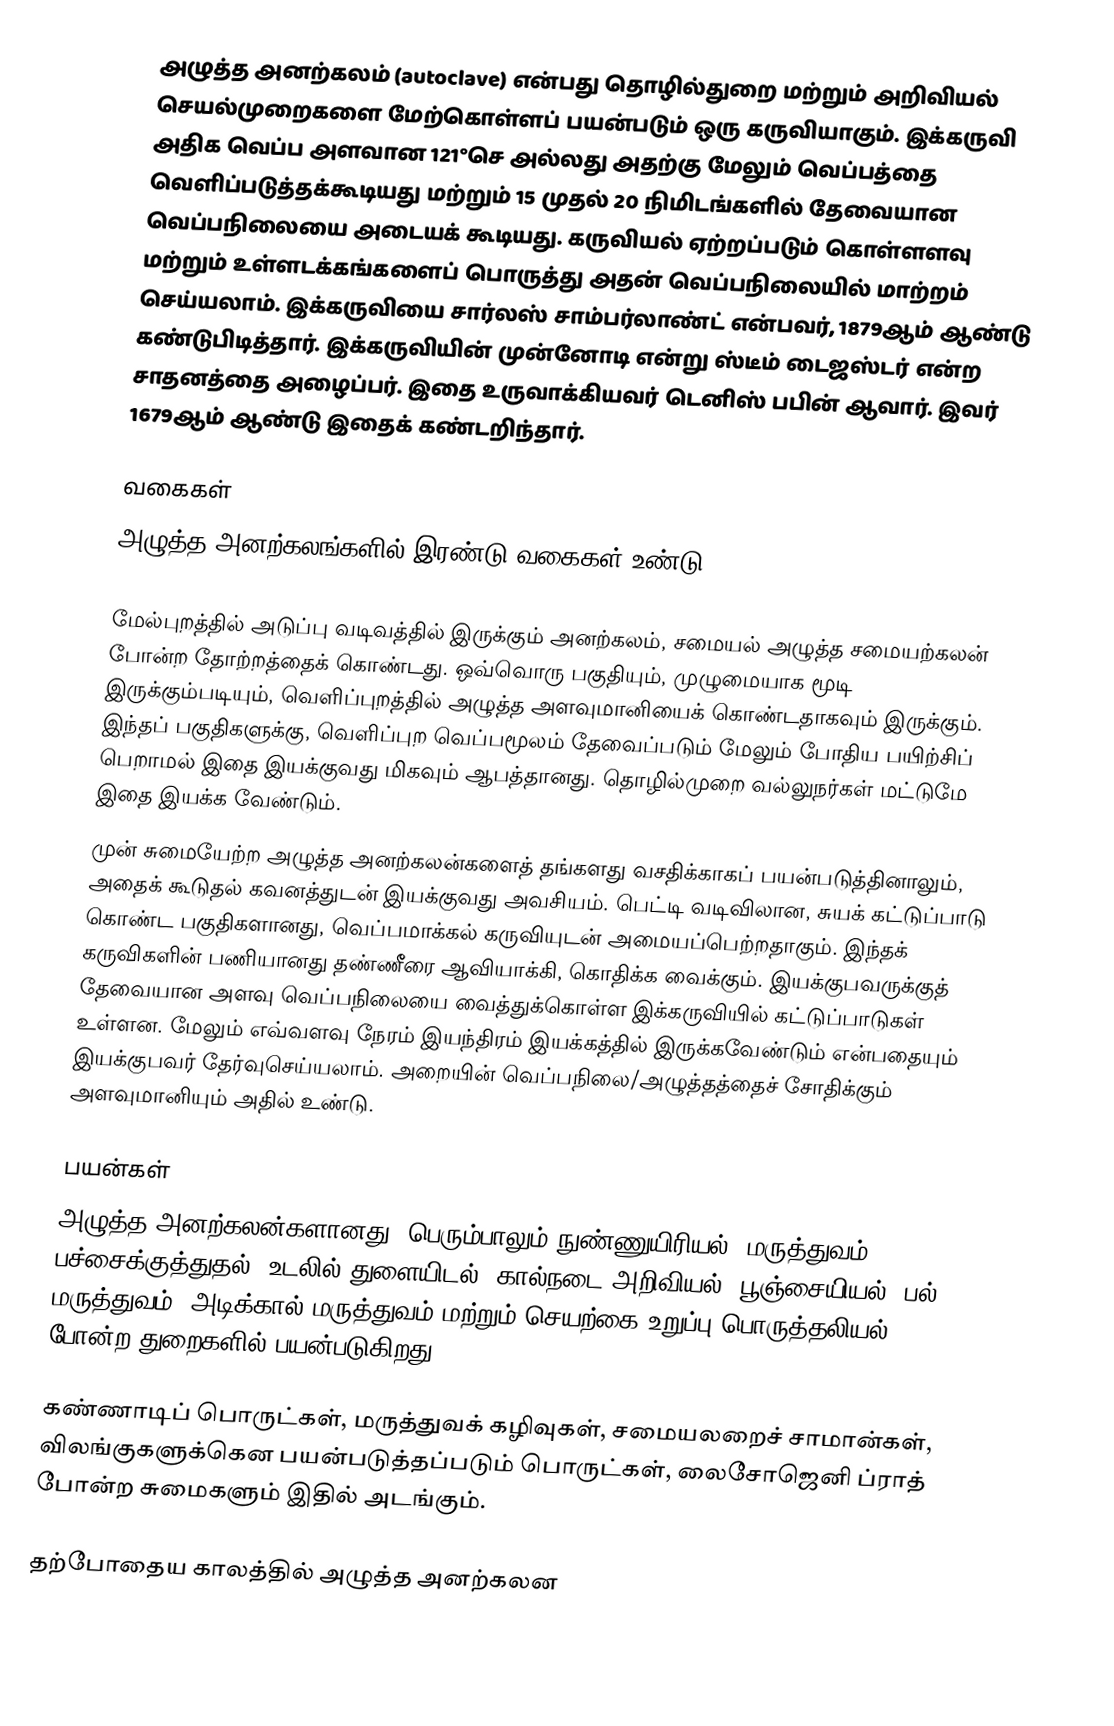
அழுத்த அனற்கலம் (autoclave) என்பது தொழில்துறை மற்றும் அறிவியல் செயல்முறைகளை மேற்கொள்ளப் பயன்படும் ஒரு கருவியாகும்.  இக்கருவி அதிக வெப்ப அளவான 121°செ அல்லது அதற்கு மேலும் வெப்பத்தை வெளிப்படுத்தக்கூடியது மற்றும் 15 முதல் 20 நிமிடங்களில் தேவையான வெப்பநிலையை அடையக் கூடியது. கருவியல் ஏற்றப்படும் கொள்ளளவு மற்றும் உள்ளடக்கங்களைப் பொருத்து அதன் வெப்பநிலையில் மாற்றம் செய்யலாம். இக்கருவியை சார்லஸ் சாம்பர்லாண்ட் என்பவர், 1879ஆம் ஆண்டு கண்டுபிடித்தார். இக்கருவியின் முன்னோடி என்று ஸ்டீம் டைஜஸ்டர் என்ற சாதனத்தை அழைப்பர். இதை உருவாக்கியவர் டெனிஸ் பபின் ஆவார். இவர் 1679ஆம் ஆண்டு இதைக் கண்டறிந்தார்.

வகைகள்
அழுத்த அனற்கலங்களில் இரண்டு வகைகள் உண்டு:

 மேல்புறத்தில் அடுப்பு வடிவத்தில் இருக்கும் அனற்கலம், சமையல் அழுத்த சமையற்கலன் போன்ற தோற்றத்தைக் கொண்டது. ஒவ்வொரு பகுதியும், முழுமையாக மூடி இருக்கும்படியும், வெளிப்புறத்தில் அழுத்த அளவுமானியைக் கொண்டதாகவும் இருக்கும். இந்தப் பகுதிகளுக்கு, வெளிப்புற வெப்பமூலம் தேவைப்படும் மேலும் போதிய பயிற்சிப் பெறாமல் இதை இயக்குவது மிகவும் ஆபத்தானது. தொழில்முறை வல்லுநர்கள் மட்டுமே இதை இயக்க வேண்டும்.
 முன் சுமையேற்ற அழுத்த அனற்கலன்களைத் தங்களது வசதிக்காகப் பயன்படுத்தினாலும், அதைக் கூடுதல் கவனத்துடன் இயக்குவது அவசியம். பெட்டி வடிவிலான, சுயக் கட்டுப்பாடு கொண்ட பகுதிகளானது, வெப்பமாக்கல் கருவியுடன் அமையப்பெற்றதாகும். இந்தக் கருவிகளின் பணியானது தண்ணீரை ஆவியாக்கி, கொதிக்க வைக்கும். இயக்குபவருக்குத் தேவையான அளவு வெப்பநிலையை வைத்துக்கொள்ள இக்கருவியில் கட்டுப்பாடுகள் உள்ளன. மேலும் எவ்வளவு நேரம் இயந்திரம் இயக்கத்தில் இருக்கவேண்டும் என்பதையும் இயக்குபவர் தேர்வுசெய்யலாம். அறையின் வெப்பநிலை/அழுத்தத்தைச் சோதிக்கும் அளவுமானியும் அதில் உண்டு.

பயன்கள்
அழுத்த அனற்கலன்களானது, பெரும்பாலும் நுண்ணுயிரியல், மருத்துவம், பச்சைக்குத்துதல், உடலில் துளையிடல், கால்நடை அறிவியல், பூஞ்சையியல், பல் மருத்துவம், அடிக்கால் மருத்துவம் மற்றும் செயற்கை உறுப்பு பொருத்தலியல் போன்ற துறைகளில் பயன்படுகிறது.

கண்ணாடிப் பொருட்கள், மருத்துவக் கழிவுகள், சமையலறைச் சாமான்கள், விலங்குகளுக்கென பயன்படுத்தப்படும் பொருட்கள், லைசோஜெனி ப்ராத் போன்ற சுமைகளும் இதில் அடங்கும்.

தற்போதைய காலத்தில் அழுத்த அனற்கலன